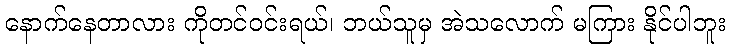
နောက်နေတာလား ကိုတင်ဝင်းရယ်၊ ဘယ်သူမှ အဲသလောက် မကြား နိုင်ပါဘူး